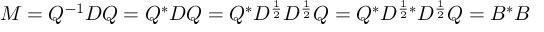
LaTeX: M = Q ^ { - 1 } D Q = Q ^ { * } D Q = Q ^ { * } D ^ { \frac { 1 } { 2 } } D ^ { \frac { 1 } { 2 } } Q = Q ^ { * } D ^ { { \frac { 1 } { 2 } } * } D ^ { \frac { 1 } { 2 } } Q = B ^ { * } B